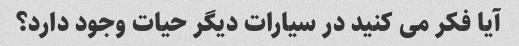
آیا فکر می کنید در سیارات دیگر حیات وجود دارد؟